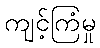
ကျင့်ကြံမှု